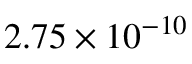
2 . 7 5 \times 1 0 ^ { - 1 0 }